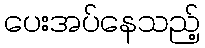
ပေးအပ်နေသည့်